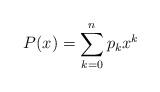
LaTeX: \begin{align*}P(x)=\sum_{k=0}^n p_k x^k\end{align*}